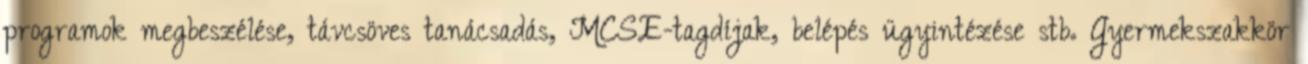
programok megbeszélése, távcsöves tanácsadás, MCSE-tagdíjak, belépés ügyintézése stb. Gyermekszakkör